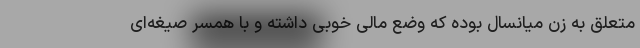
متعلق به زن میانسال بوده که وضع مالی خوبی داشته و با همسر صیغه‌ای